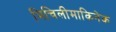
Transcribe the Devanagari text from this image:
मिचिलीमाकिनेक